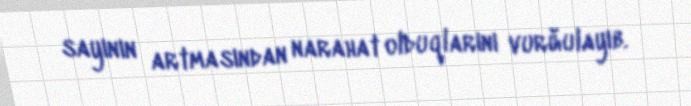
sayının artmasından narahat olduqlarını vurğulayıb.